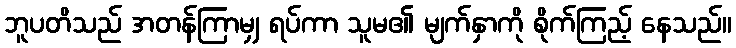
ဘူပတိသည် အတန်ကြာမျှ ရပ်ကာ သူမ၏ မျက်နှာကို စိုက်ကြည့် နေသည်။